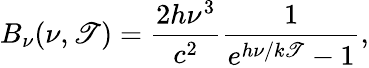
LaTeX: B_{\nu}(\nu,\mathscr{T})={\frac{{2h\nu^{3}}}{{c^{2}}}}{\frac{{1}}{{e^{h\nu/k\mathscr{T}}-1}}},